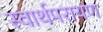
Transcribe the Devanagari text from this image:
स्वार्थपरायण